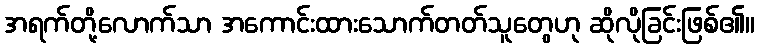
အရက်တို့လောက်သာ အကောင်းထားသောက်တတ်သူတွေဟု ဆိုလိုခြင်းဖြစ်၏။